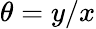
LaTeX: \theta=y/x